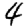
Digit: 4